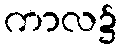
ကာလ၌